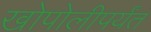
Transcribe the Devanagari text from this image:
खोपोलीपर्यंत